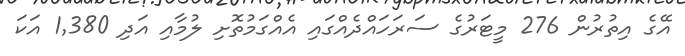
އޭގެ އިތުރުން 276 މީޓަރުގެ ސަރަހައްދެއްގައި އެއްގަމުތޮށި ލުމާއި އަދި 1